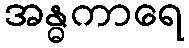
အန္ဓကာရေ